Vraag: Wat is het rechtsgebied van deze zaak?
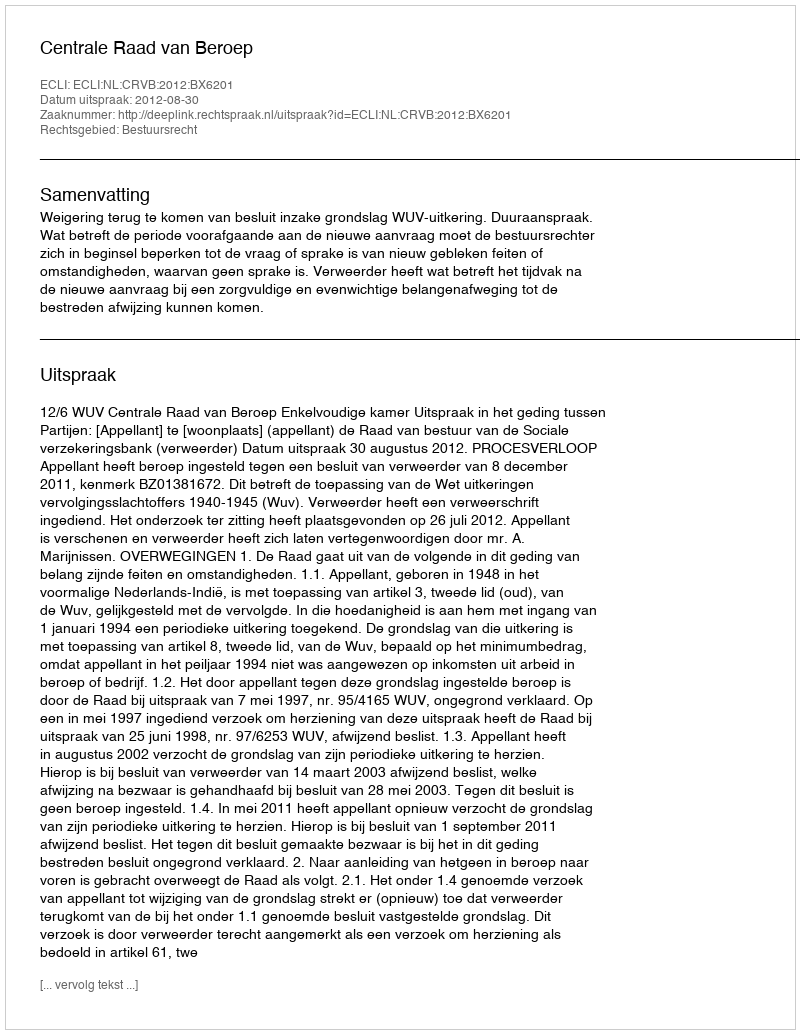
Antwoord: Bestuursrecht